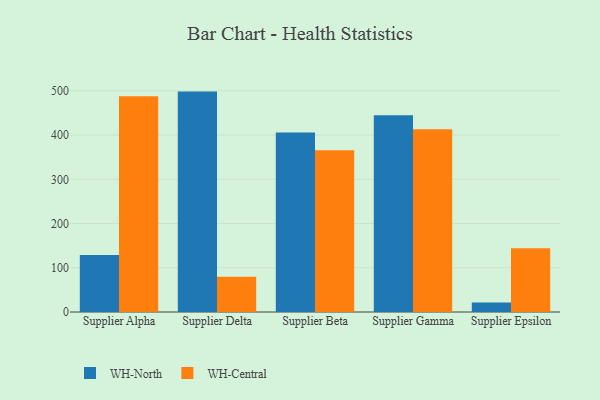
{"axis": {"x": "Supplier", "y": "Production Output"}, "legend": ["WH-Central", "WH-North"], "data": [{"x": "Supplier Alpha", "y": 128.7, "type": "WH-North"}, {"x": "Supplier Alpha", "y": 487.7, "type": "WH-Central"}, {"x": "Supplier Delta", "y": 498.3, "type": "WH-North"}, {"x": "Supplier Delta", "y": 79.7, "type": "WH-Central"}, {"x": "Supplier Beta", "y": 406.1, "type": "WH-North"}, {"x": "Supplier Beta", "y": 365.9, "type": "WH-Central"}, {"x": "Supplier Gamma", "y": 444.8, "type": "WH-North"}, {"x": "Supplier Gamma", "y": 413.0, "type": "WH-Central"}, {"x": "Supplier Epsilon", "y": 21.2, "type": "WH-North"}, {"x": "Supplier Epsilon", "y": 144.1, "type": "WH-Central"}]}